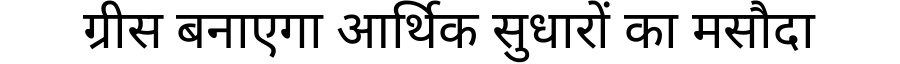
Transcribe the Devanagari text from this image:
ग्रीस बनाएगा आर्थिक सुधारों का मसौदा